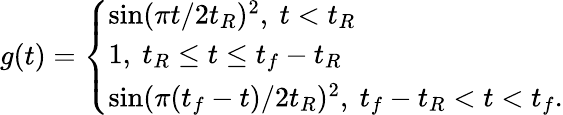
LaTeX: g(t)=\left\{ \begin{array}{ll}{\sin(\pi t/2t_{R})^{2},\ t<t_{R}}\\ {1,\ t_{R}\leq t\leq t_{f}-t_{R}}\\ {\sin(\pi(t_{f}-t)/2t_{R})^{2},\ t_{f}-t_{R}<t<t_{f}.}\end{array}\right.